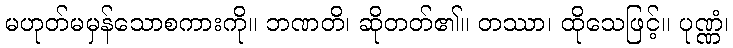
မဟုတ်မမှန်သောစကားကို။ ဘဏတိ၊ ဆိုတတ်၏။ တဿာ၊ ထိုသေဖြင့်။ ပုဏ္ဏံ၊